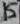
Text: 15